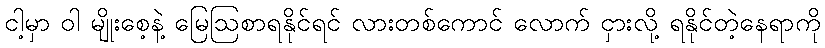
ငါ့မှာ ဝါ မျိုးစေ့နဲ့ မြေဩစာရနိုင်ရင် လားတစ်ကောင် လောက် ငှားလို့ ရနိုင်တဲ့နေရာကို